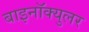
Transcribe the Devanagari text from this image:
बाइनॉक्युलर